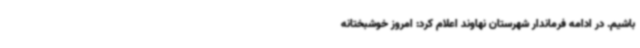
باشیم. در ادامه فرماندار شهرستان نهاوند اعلام کرد: امروز خوشبختانه